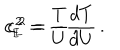
c _ { _ \mathrm { E } } ^ { \, 2 } = { \frac { T } { U } } \, , \hspace { 1 c m } c _ { _ \mathrm { L } } ^ { \, 2 } = - { \frac { d T } { d U } } \, .